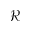
\mathcal { R }